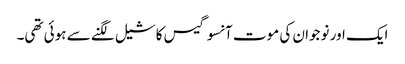
ایک اور نوجوان کی موت آنسو گیس کا شیل لگنے سے ہوئی تھی۔